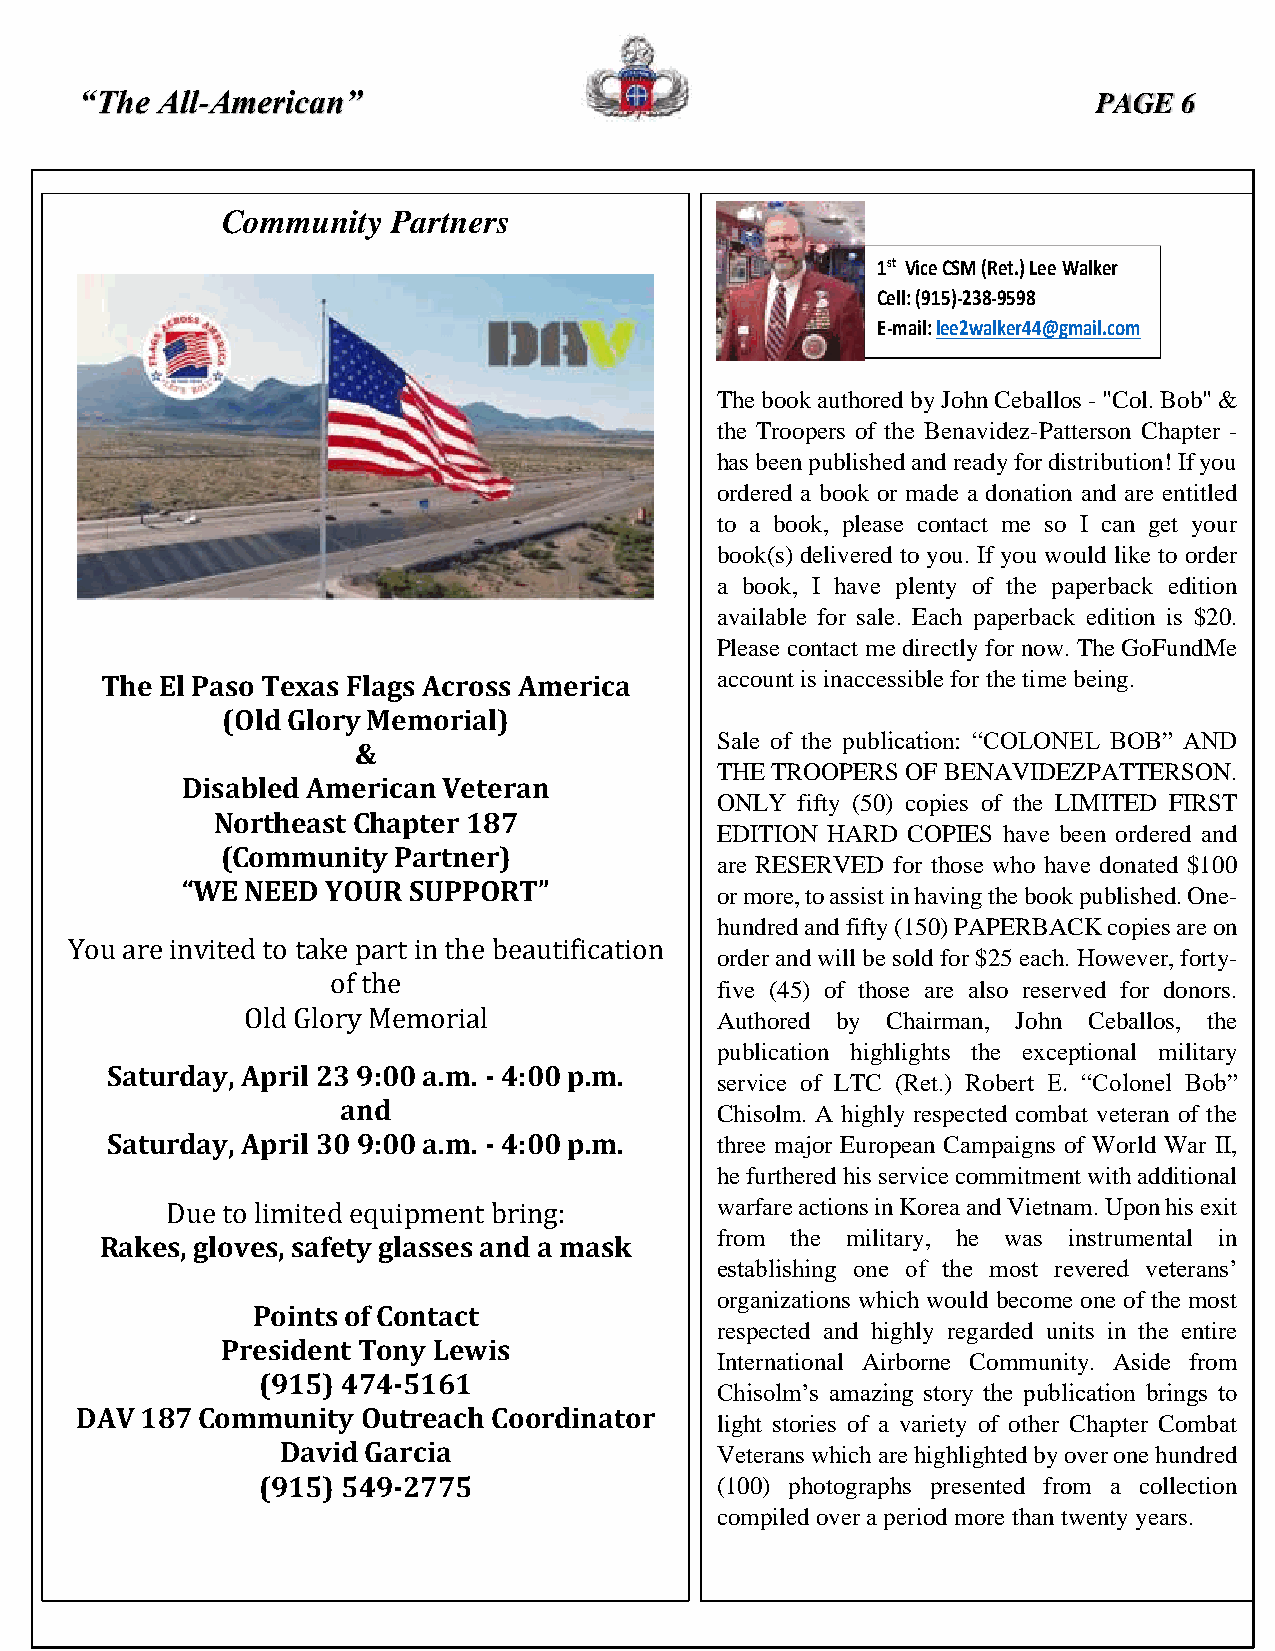
“The All-American”                                                  PAGE 6
 Community  Partners
 The book authored by John Ceballos - "Col. Bob" &
 the Troopers of the Benavidez-Patterson Chapter -
 has been published and ready for distribution! If you
 ordered a book or made a donation and are entitled
 to a book, please contact me so I can get your
 book(s) delivered to you. If you would like to order
 a book, I have plenty of the paperback edition
 available for sale. Each paperback edition is $20.
 Please contact me directly for now. The GoFundMe
 The El Paso Texas Flags Across America  account is inaccessible for the time being.
 (Old Glory Memorial)
 Sale of the publication: “COLONEL BOB” AND
 &
 THE TROOPERS OF BENAVIDEZPATTERSON.
 Disabled American Veteran
 ONLY  fifty (50) copies of the LIMITED FIRST
 Northeast Chapter 187
 EDITION HARD COPIES have been ordered and
 (Community Partner)
 are RESERVED for those who have donated $100
 “WE NEED  YOUR SUPPORT”
 or more, to assist in having the book published. One-
 hundred and fifty (150) PAPERBACK copies are on
 You are invited to take part in the beautification
 order and will be sold for $25 each. However, forty-
 of the
 five (45) of those are also reserved for donors.
 Old Glory Memorial             Authored by Chairman, John Ceballos, the
 publication highlights the exceptional military
 Saturday, April 23 9:00 a.m. - 4:00 p.m.
 service of LTC (Ret.) Robert E. “Colonel Bob”
 and                     Chisolm. A highly respected combat veteran of the
 Saturday, April 30 9:00 a.m. - 4:00 p.m. three major European Campaigns of World War II,
 he furthered his service commitment with additional
 Due to limited equipment bring:     warfare actions in Korea and Vietnam. Upon his exit
 from the military, he was instrumental in
 Rakes, gloves, safety glasses and a mask
 establishing one of the most revered veterans’
 organizations which would become one of the most
 Points of Contact
 respected and highly regarded units in the entire
 President Tony Lewis
 International Airborne Community. Aside from
 (915) 474-5161
 Chisolm’s amazing story the publication brings to
 DAV 187 Community  Outreach Coordinator
 light stories of a variety of other Chapter Combat
 David Garcia                Veterans which are highlighted by over one hundred
 (915) 549-2775                (100) photographs presented from a collection
 compiled over a period more than twenty years.
 1
 C
 E
 st V ic e C
 e ll: (9 1 5
 -m a il: le
 S M
 )-2
 e 2
 (R e
 3 8 -9
 w a lk
 t
 5
 e
 .) L e e
 9 8
 r 4 4 @
 W
 g m
 a lk e r
 a il.c o m